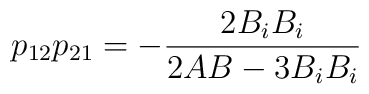
p_{1 2}p_{2 1}= -\frac{2 B_i B_i}{2A B -3 B_i B_i}